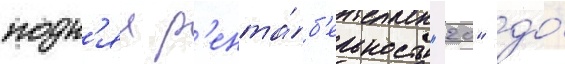
подн'ял р'ента́б'ельность "20" до́